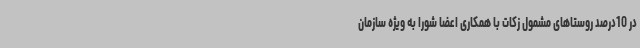
در 10درصد روستاهای مشمول زکات با همکاری اعضا شورا به ویژه سازمان